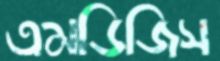
এমডিজিস